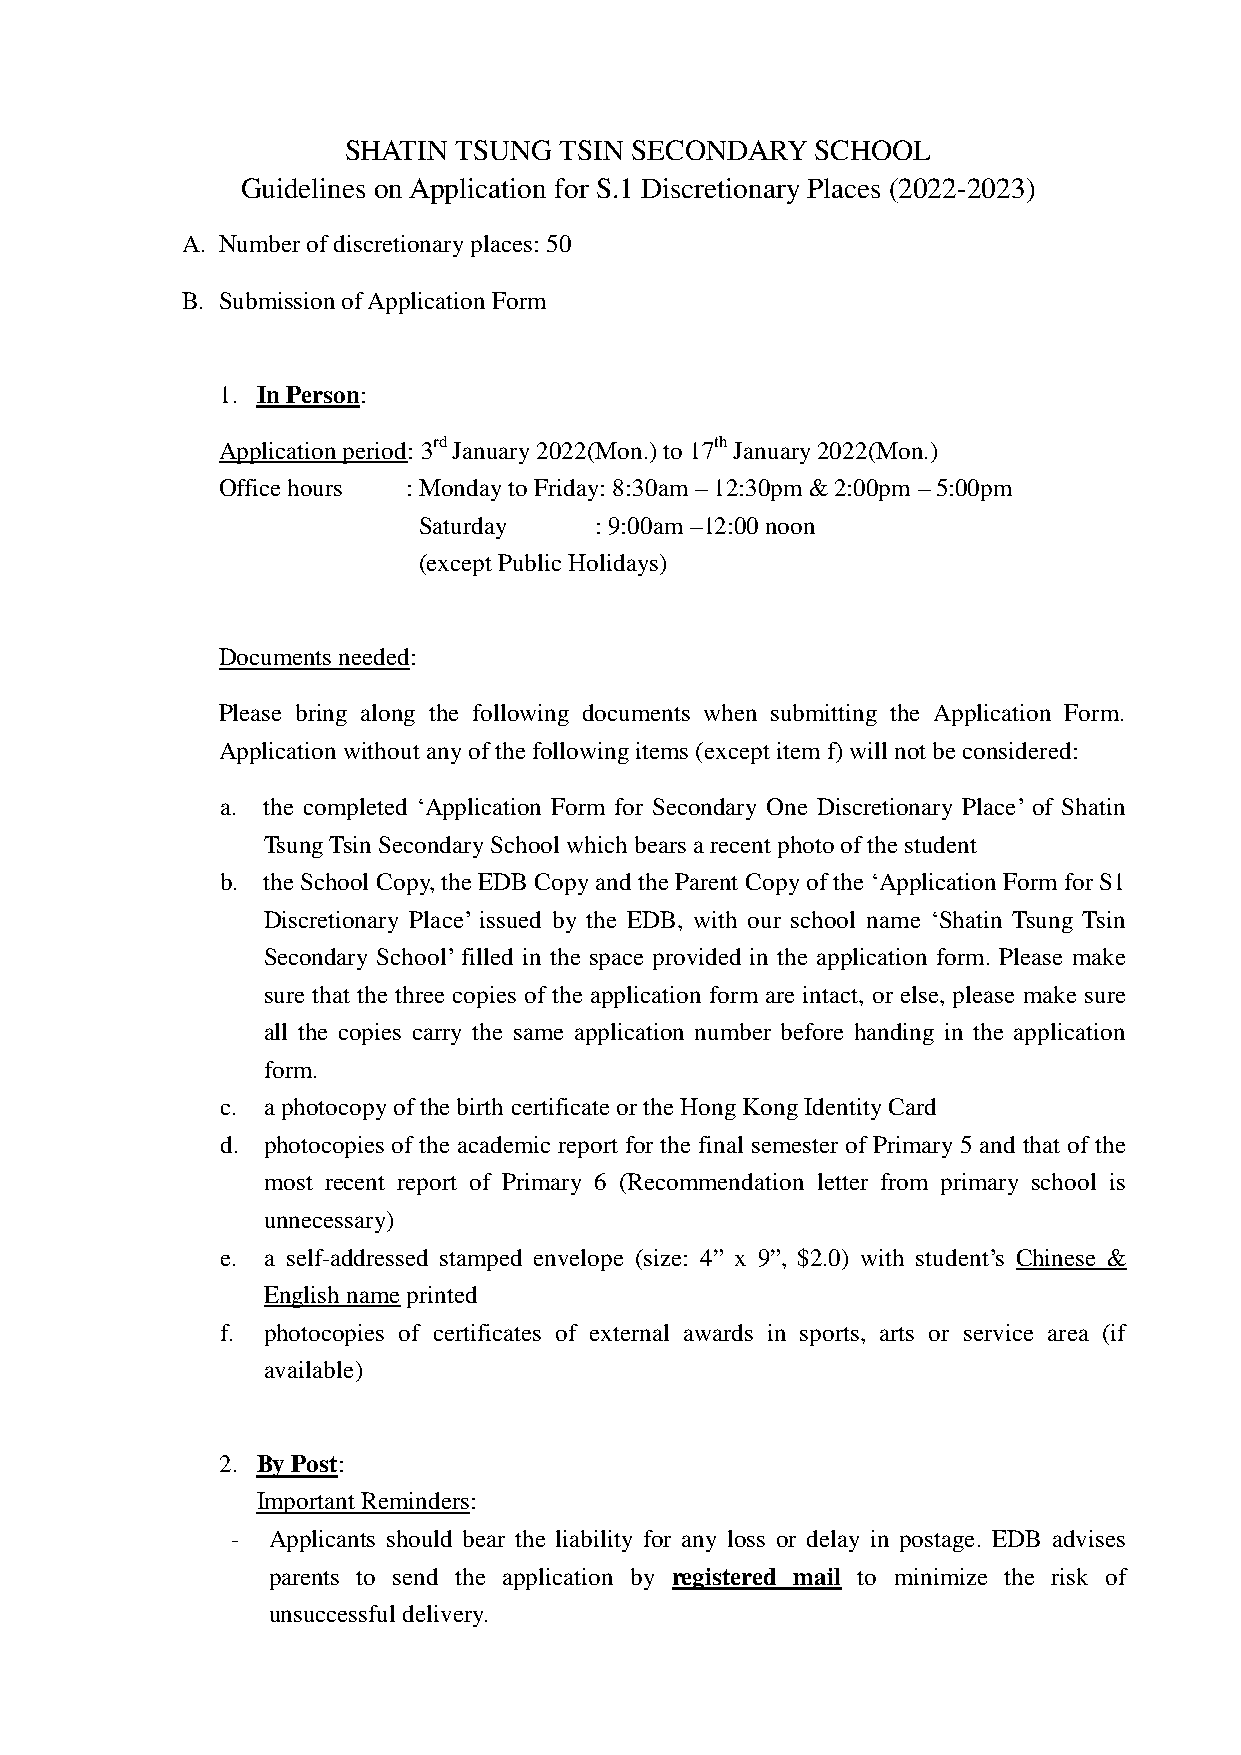
SHATIN TSUNG  TSIN SECONDARY   SCHOOL
 Guidelines on Application for S.1 Discretionary Places (2022-2023)
 A. Number of discretionary places: 50
 B. Submission of Application Form
 1. In Person:
 Application period: 3rd January 2022(Mon.) to 17th January 2022(Mon.)
 Office hours : Monday to Friday: 8:30am – 12:30pm & 2:00pm – 5:00pm
 Saturday   : 9:00am –12:00 noon
 (except Public Holidays)
 Documents needed:
 Please bring along the following documents when submitting the Application Form.
 Application without any of the following items (except item f) will not be considered:
 a. the completed ‘Application Form for Secondary One Discretionary Place’ of Shatin
 Tsung Tsin Secondary School which bears a recent photo of the student
 b. the School Copy, the EDB Copy and the Parent Copy of the ‘Application Form for S1
 Discretionary Place’ issued by the EDB, with our school name ‘Shatin Tsung Tsin
 Secondary School’ filled in the space provided in the application form. Please make
 sure that the three copies of the application form are intact, or else, please make sure
 all the copies carry the same application number before handing in the application
 form.
 c. a photocopy of the birth certificate or the Hong Kong Identity Card
 d. photocopies of the academic report for the final semester of Primary 5 and that of the
 most recent report of Primary 6 (Recommendation letter from primary school is
 unnecessary)
 e. a self-addressed stamped envelope (size: 4” x 9”, $2.0) with student’s Chinese &
 English name printed
 f. photocopies of certificates of external awards in sports, arts or service area (if
 available)
 2. By Post:
 Important Reminders:
 -  Applicants should bear the liability for any loss or delay in postage. EDB advises
 parents to send the application by registered mail to minimize the risk of
 unsuccessful delivery.